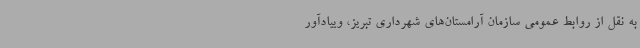
به نقل از روابط عمومی سازمان آرامستان‌های شهرداری تبریز، وییادآور